Vaccination report Assam 1874-1896 - 1874-1896
Year: 1874
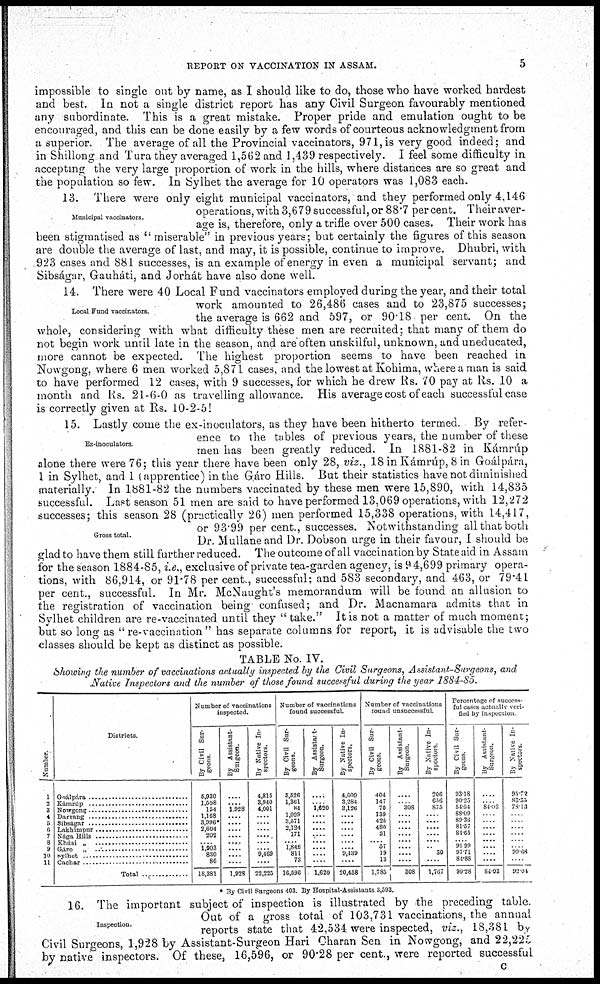
REPORT ON VACCINATION IN ASSAM.
5
impossible to single out by name, as I should like to do, those who have worked hardest
and best. In not a single district report has any Civil Surgeon favourably mentioned
any subordinate. This is a great mistake. Proper pride and emulation ought to be
encouraged, and this can be done easily by a few words of courteous acknowledgment from
a superior. The average of all the Provincial vaccinators, 971, is very good indeed; and
in Shillong and Tura they averaged 1,562 and 1,439 respectively. I feel some difficulty in
accepting the very large proportion of work in the hills, where distances are so great and
the population so few. In Sylhet the average for 10 operators was 1,083 each.
Municipal vaccinators.
13. There were only eight municipal vaccinators, and they performed only 4,146
operations, with 3,679 successful, or 88.7 percent. Their aver-
age is, therefore, only a trifle over 500 cases. Their work has
been stigmatised as "miserable" in previous years; but certainly the figures of this season
are double the average of last, and may, it is possible, continue to improve. Dhubri, with
923 cases and 881 successes, is an example of energy in even a municipal servant; and
Sibságar, Gauháti, and Jorhát have also done well.
Local Fund vaccinators.
14. There were 40 Local Fund vaccinators employed during the year, and their total
work amounted to 26,486 cases and to 23,875 successes;
the average is 662 and 597, or 90.18 per cent. On the
whole, considering with what difficulty these men are recruited; that many of them do
not begin work until late in the season, and are often unskilful, unknown, and uneducated,
more cannot be expected. The highest proportion seems to have been reached in
Nowgong, where 6 men worked 5,871 cases, and the lowest at Kohima, where a man is said
to have performed 12 cases, with 9 successes, for which he drew Rs. 70 pay at Rs. 10 a
month and Rs. 21-6-0 as travelling allowance. His average cost of each successful case
is correctly given at Rs. 10-2-51
Ez-inoculators
Gross total.
15. Lastly come the ex-inoculators, as they have been hitherto termed. By refer-
ence to the tables of previous years, the number of these
men has been greatly reduced. In 1881-82 in Kámrúp
alone there were 76; this year there have been only 28, viz., 18 in Kámrúp, 8 in Goál pára,
1 in Sylhet, and 1 (apprentice) in the Gáro Hills. But their statistics have not diminished
materially. In 1881-82 the numbers vaccinated by these men were 15,890, with 14,835
successful. Last season 51 men are said to have performed 13,069 operations, with 12,272
successes; this season 28 (practically 26) men performed 15,338 operations, with 14,417,
or 93.99 per cent., successes. Notwithstanding all that both
Dr. Mullane and Dr. Dobson urge in their favour, I should be
glad to have them still further reduced. The outcome of all vaccination by State aid in Assam
for the season 1884-85, i.e., exclusive of private tea-garden agency, is 94,699 primary opera-
tions, with 86,914, or 91.78 per cent., successful; and 583 secondary, and 463, or 79.41
per cent., successful. In Mr. McNaught's memorandum will be found an allusion to
the registration of vaccination being confused; and Dr. Macnamara admits that in
Sylhet children are re-vaccinated until they " take." It is not a matter of much moment;
but so long as "re-vaccination" has separate columns for report, it is advisable the two
classes should be kept as distinct as possible.
TABLE No. IV.
Showing the number of vaccinations actually inspected by the Civil Surgeons, Assistant-Surgeons, and
Native Inspectors and the number of those found successful during the year 1884-85.
Number
1
2
3
4
5
6
7
8
9
10
11
Districts
Goálpára ...........................
Kámrúp ........................
Nowgong ....................
Darrang ........................
Sibságar ........................
Lakhimpur ........................
Nága Hills ............................
Khási „
Garo „ ................................
Sylhet ............................
Cachar ............................
Total ............
Number of vaccinations
inspected.
By Civil Sur-
geons.
5,930
1,508
154
1,168
3,090
2,604
203
.... 1,903
880
86
18,381
By Assistant-
Surgeon.
....
.... 1,928
....
....
....
....
....
....
....
....
1,928
By Native In-
spectors.
4,815
3,940
4,001
....
....
...
....
....
.... 9,469
....
22,225
Number of vaccinations
found successful.
By Civil Sur-
geons.
5,526
1,361
84
1,029
3,571
2,124
171
.... 1,846
811
73
16,596
By Assistant-
Surgeon.
....
.... 1,620
....
....
....
....
....
....
....
....
1,620
By Native In-
spectors.
4,609
3,284
3,126
....
....
....
....
....
.... 9,439
....
20,458
Number of vaccinations
found unsuccessful.
By Civil Sur-
geons.
404
147
70
139
425
480
31
... 57
19
13
1,785
By Assistant-
Surgeon.
....
.... 308
....
.... ...
....
...
....
....
....
308
By Native In¬
spectors
206
656
875
....
....
....
....
....
.... 30
....
1,767
Percentage of success-
ful cases actually veri-
fied by inspection
By Civil Sur-
geons
93.18
90.25
54.54
88.09
89.36
81.57
84.65
.... 96.99
97.71
84.88
90.28
By Assistant¬
Surgeon.
....
.... 84.03
....
....
....
....
....
....
.... ....
84.03
By Native In-
spectors
95.72
83.35
78.13
....
..
.... ....
....
....
....
....
92.04
* By Civil Surgeons 403 By Hospital-Assistants 3,593.
Inspection.
16. The important subject of inspection is illustrated by the preceding table.
Out of a gross total of 103,731 vaccinations, the annual
reports state that 42.534 were inspected, viz., 18,381 by
Civil Surgeons, 1,928 by Assistant-Surgeon Hari Charan Sen in Nowgong, and 22,225
by native inspectors. Of these, 16,596, or 90.28 per cent., were reported successful
C